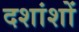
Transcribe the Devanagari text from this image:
दशांशों